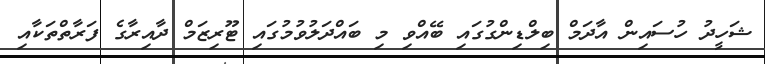
ޝަހީދު ހުސައިން އާދަމް ބިލްޑިންގުގައި ބޭއްވި މި ބައްދަލުވުމުގައި ޓޫރިޒަމް ދާއިރާގެ ފަރާތްތަކާއި